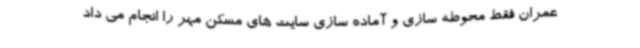
عمران فقط محوطه سازی و آماده سازی سایت های مسکن مهر را انجام می داد